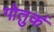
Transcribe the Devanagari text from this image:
गोतुर्क